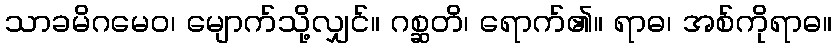
သာခမိဂမေဝ၊ မျောက်သို့လျှင်။ ဂစ္ဆတိ၊ ရောက်၏။ ရာဓ၊ အစ်ကိုရာဓ။